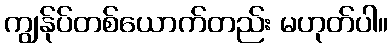
ကျွန်ုပ်တစ်ယောက်တည်း မဟုတ်ပါ။